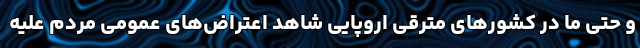
و حتی ما در کشورهای مترقی اروپایی شاهد اعتراض‌های عمومی مردم علیه